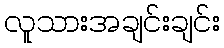
လူသားအချင်းချင်း